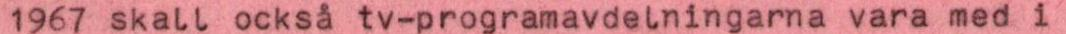
1967 skall också tv-programavdelningarna vara med i